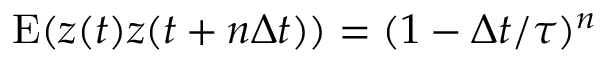
\mathrm { E } ( z ( t ) z ( t + n \Delta t ) ) = ( 1 - \Delta t / \tau ) ^ { n }